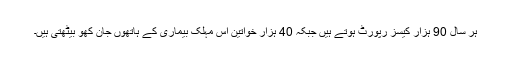
ہر سال 90 ہزار کیسز رپورٹ ہوتے ہیں جبکہ 40 ہزار خواتین اس مہلک بیماری کے ہاتھوں جان کھو بیٹھتی ہیں۔